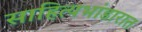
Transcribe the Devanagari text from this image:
साहित्यभांडारात